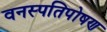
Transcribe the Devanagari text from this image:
वनस्पतिपोषण